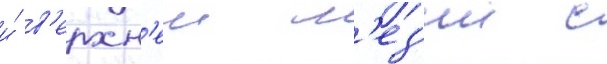
и́ в'ерхн'еи м'ез'ии с